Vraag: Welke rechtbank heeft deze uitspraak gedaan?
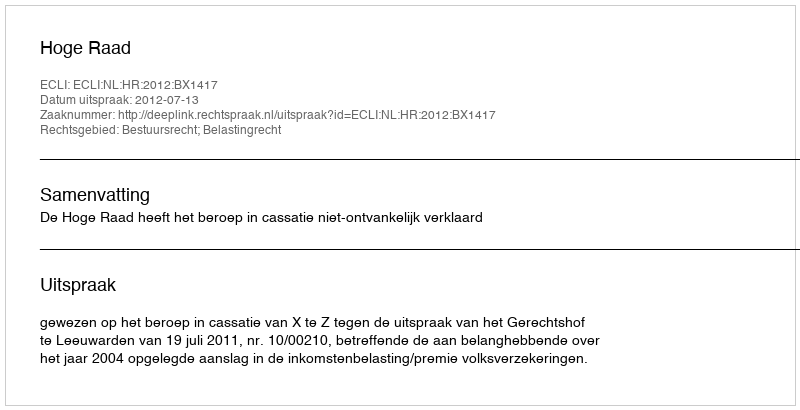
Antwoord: Hoge Raad